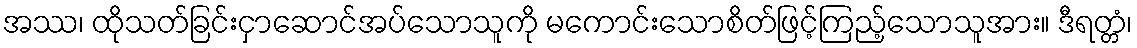
အဿ၊ ထိုသတ်ခြင်းငှာဆောင်အပ်သောသူကို မကောင်းသောစိတ်ဖြင့်ကြည့်သောသူအား။ ဒီရတ္တံ၊